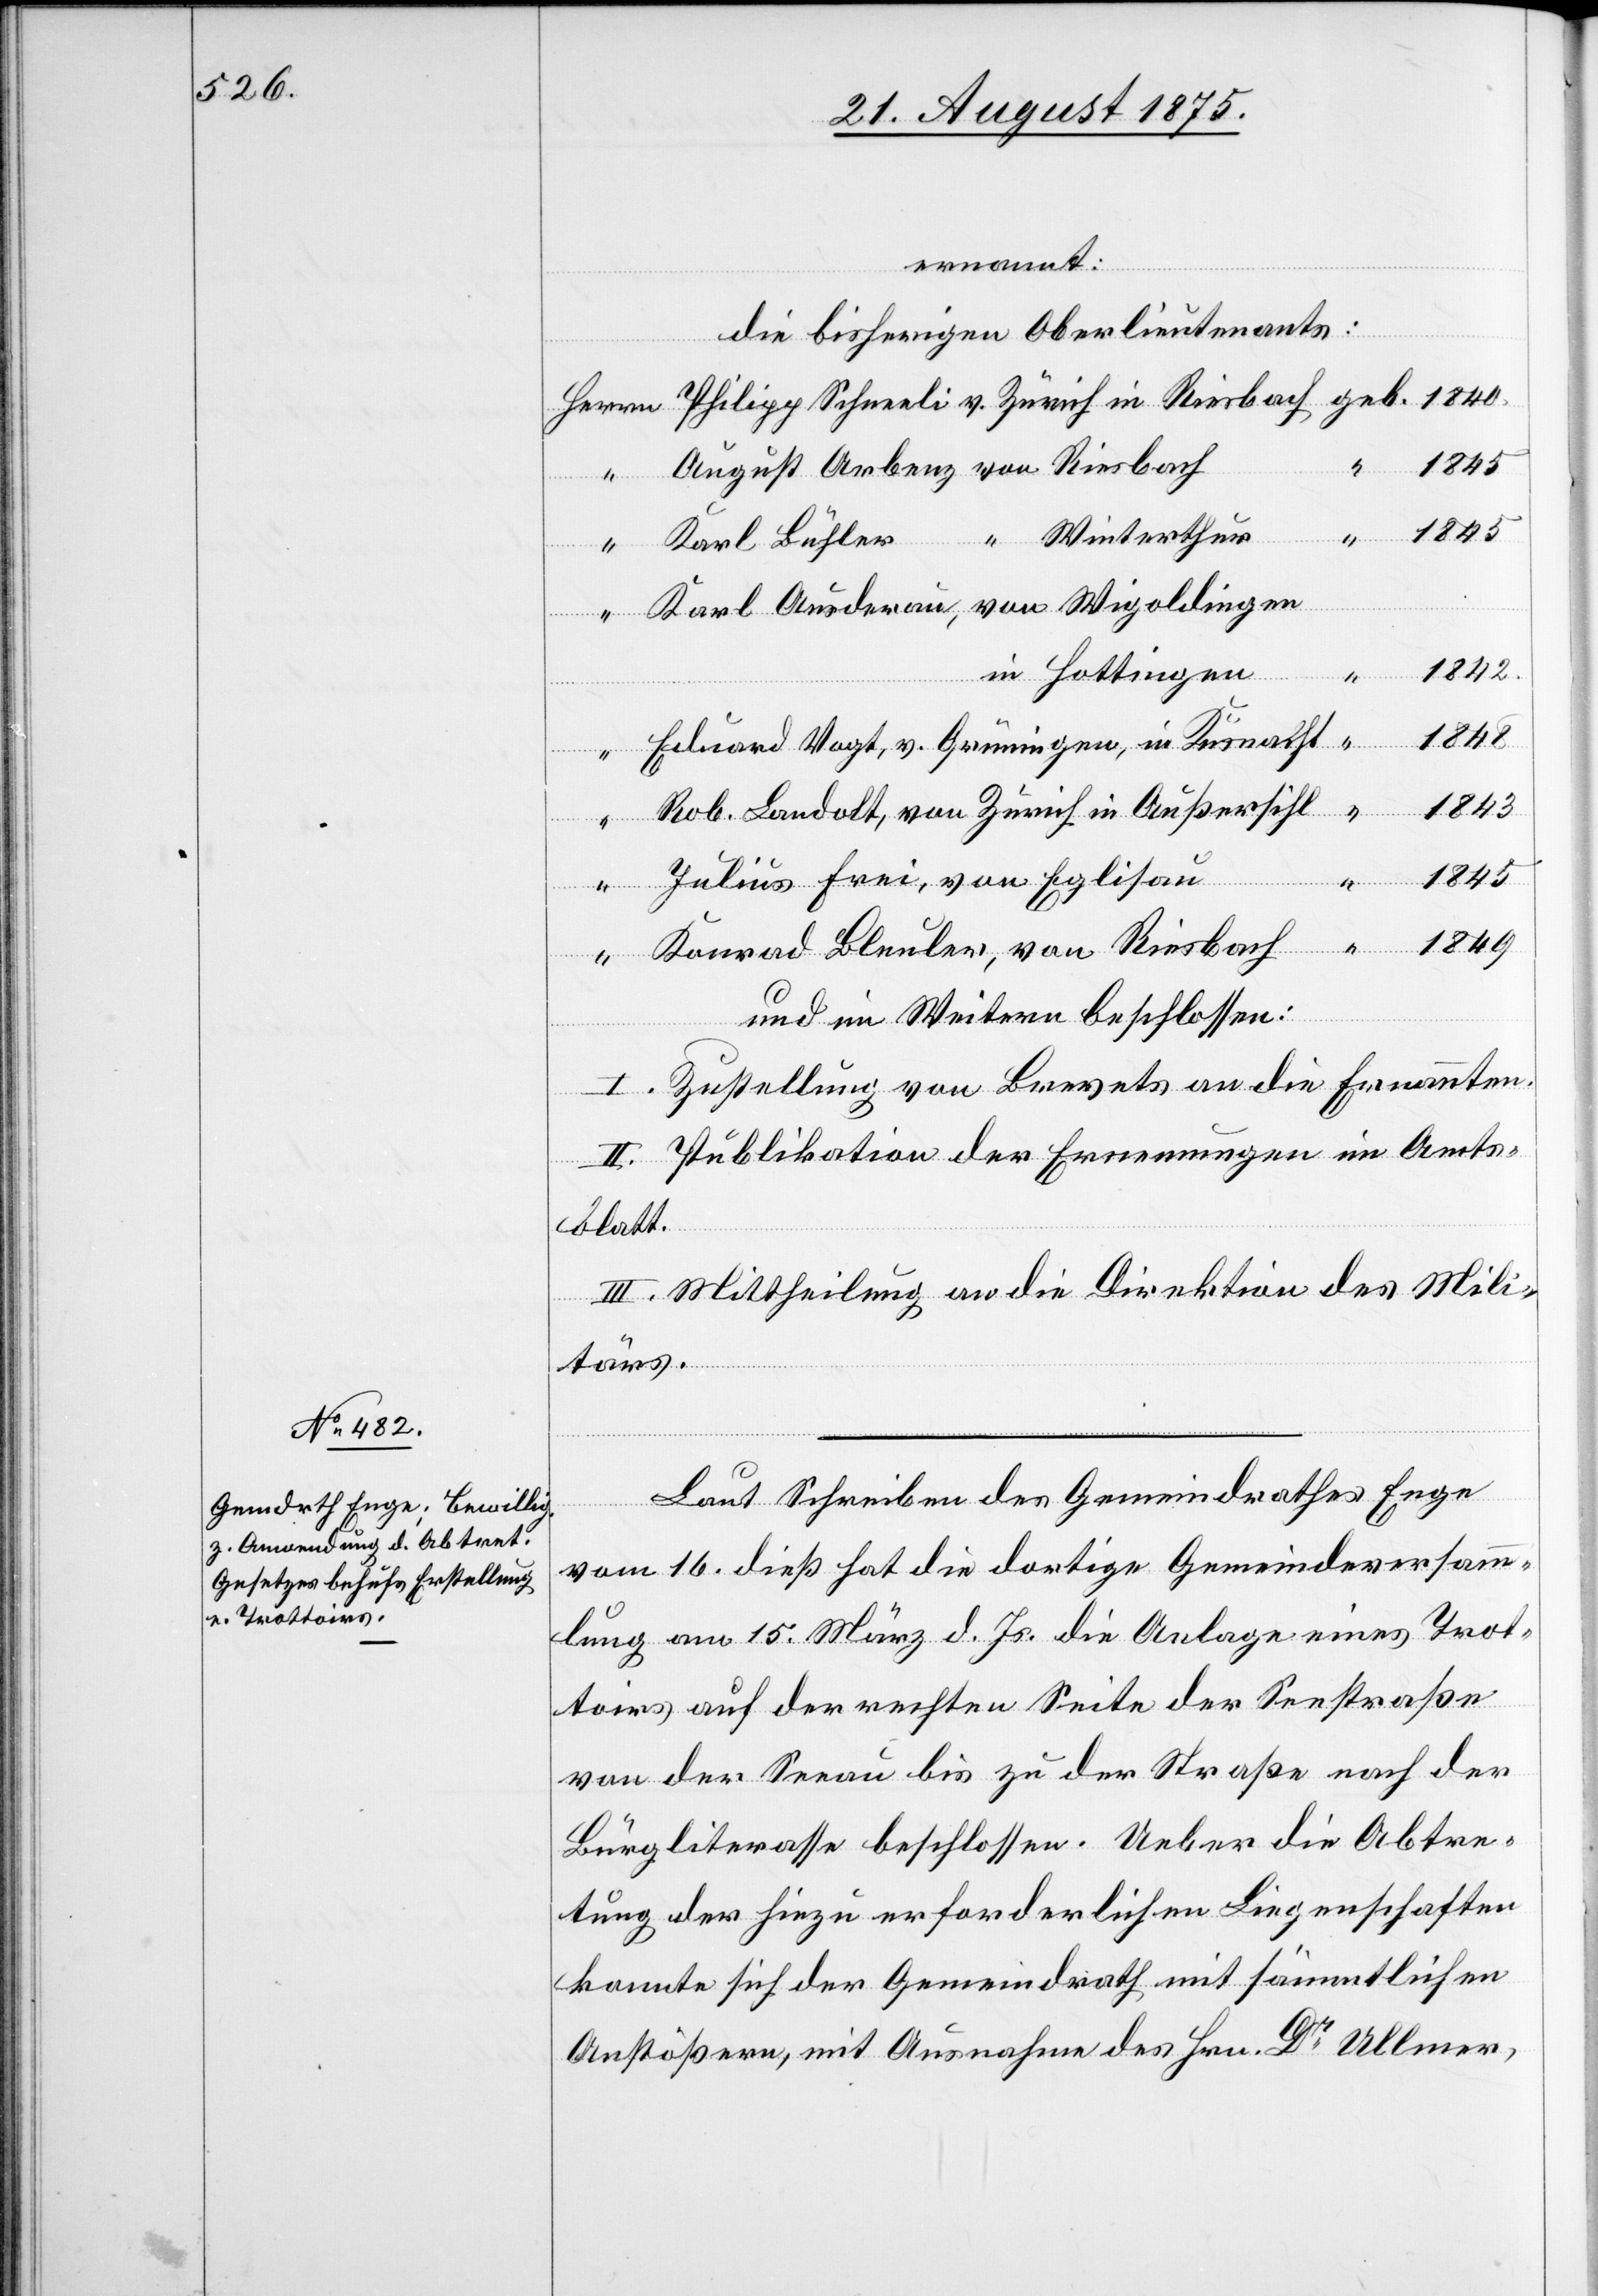
ernannt:
“
die bisherigen Oberlieutenants:
“ Winterthur
Karl Bühler
in Hottingen
1842
1840
sbach
1843
von Eglisau
1845
“
1849
Herrn
Schneeli
und im Weitern beschlossen:
in
I. Zustellung von Brevets an die Ernannten.
II. Publikation der Ernennungen im Amts¬
blatt.
III. Mittheilung an die Direktion des Mili¬
tärs.
Rie¬
Laut Schreiben des Gemeindrathes Enge
vom 16. dieß hat die dortige Gemeindeversamm¬
lung am 15. März d. Js. die Anlage eines Trot¬
toirs auf der rechten Seite der Seestraße
von der Seeau bis zu der Straße nach der
Bürgliterasse beschlossen. Ueber die Abtre¬
tung der hiezu erforderlichen Liegenschaften
konnte sich der Gemeindrath mit sämmtlichen
Anstößern, mit Ausnahme des Hrn. Dr Ullmer,